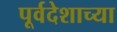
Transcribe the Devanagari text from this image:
पूर्वदेशाच्या